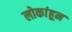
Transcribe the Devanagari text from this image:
लोकांहून